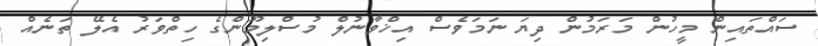
ސައްތައިން މީހުން މަރަމުން ދިޔަ ނަމަވެސް އިޚްވާނުލް މުސްލިމޫންގެ ހިތްވަރު އެލޭ ތަނެއް